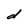
Character: d